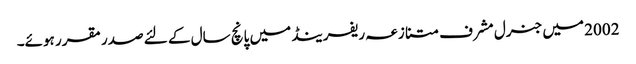
2002 میں جنرل مشرف متنازعہ ریفرینڈ میں پانچ سال کے لئے صدر مقرر ہوئے۔